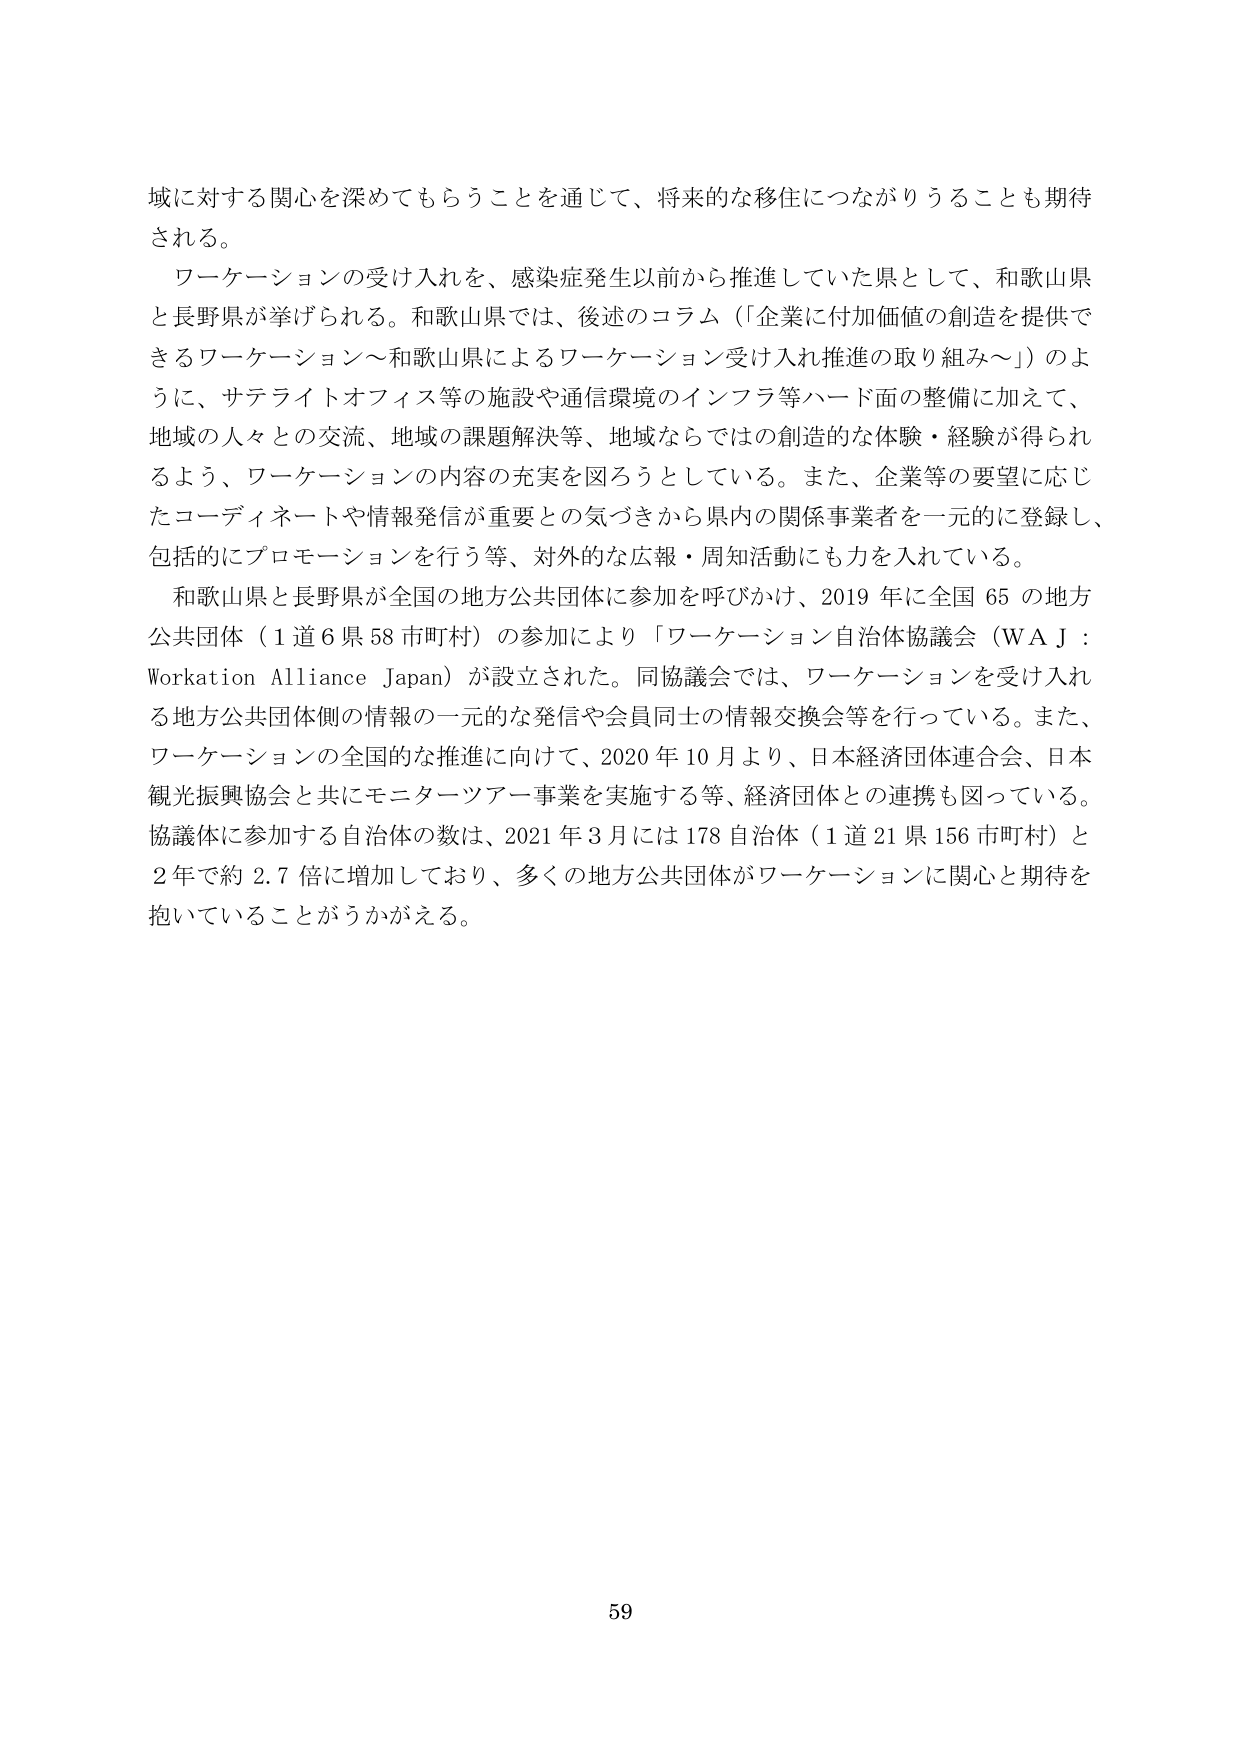
域に対する関心を深めてもらうことを通じて、将来的な移住につながりうることも期待される。

ワーケーションの受け入れを、感染症発生以前から推進していた県として、和歌山県と長野県が挙げられる。和歌山県では、後述のコラム（「企業に付加価値の創造を提供できるワーケーション～和歌山県によるワーケーション受け入れ推進の取り組み～」）のように、サテライトオフィス等の施設や通信環境のインフラ等ハード面の整備に加えて、地域の人々との交流、地域の課題解決等、地域ならではの創造的な体験・経験が得られるよう、ワーケーションの内容の充実を図ろうとしている。また、企業等の要望に応じたコーディネートや情報発信が重要との気づきから県内の関係事業者を一元的に登録し、包括的にプロモーションを行う等、対外的な広報・周知活動にも力を入れている。

和歌山県と長野県が全国の地方公共団体に参加を呼びかけ、2019年に全国65の地方公共団体（1道6県58市町村）の参加により「ワーケーション自治体協議会（WAJ：Workation Alliance Japan）」が設立された。同協議会では、ワーケーションを受け入れる地方公共団体側の情報の一元的な発信や会員同士の情報交換等を行っている。また、ワーケーションの全国的な推進に向けて、2020年10月より、日本経済団体連合会、日本観光振興協会と共にモニターツアー事業を実施する等、経済団体との連携も図っている。協議体に参加する自治体の数は、2021年3月には178自治体（1道21県156市町村）と2年で約2.7倍に増加しており、多くの地方公共団体がワーケーションに関心と期待を抱いていることがうかがえる。

59